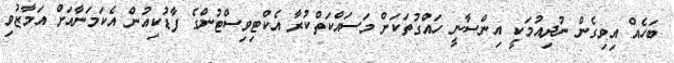
ބަހެއް އިވިގެން ނުދިއުމަކީ އިންސާނީ ހައްގުތަކަށް މަސައްކަތްކުރާ އެކްޓިވިސްޓުންގެ ފާޑުކިއުން އެކަމަނާއަށް އަމާޒުވި